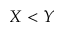
X < Y